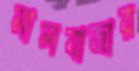
মালবাজার